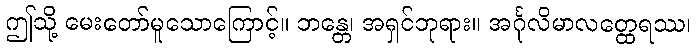
ဤသို့ မေးတော်မူသောကြောင့်။ ဘန္တေ၊ အရှင်ဘုရား။ အင်္ဂုလိမာလတ္ထေရဿ၊